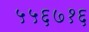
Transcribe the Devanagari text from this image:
५५६७१६